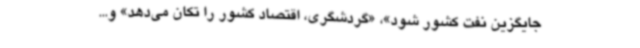
جایگزین نفت کشور شود»، «گردشگری، اقتصاد کشور را تکان می‌دهد» و...